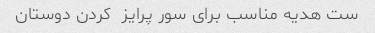
ست هدیه مناسب برای سور پرایز  کردن دوستان